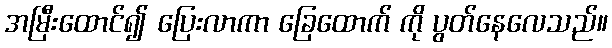
အမြီးထောင်၍ ပြေးလာကာ ခြေထောက် ကို ပွတ်နေလေသည်။